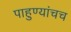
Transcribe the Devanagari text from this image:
पाहुण्यांचच